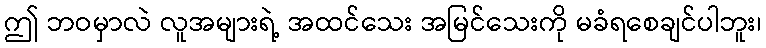
ဤ ဘဝမှာလဲ လူအများရဲ့ အထင်သေး အမြင်သေးကို မခံရစေချင်ပါဘူး၊